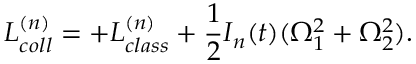
L _ { c o l l } ^ { ( n ) } = + L _ { c l a s s } ^ { ( n ) } + \frac { 1 } { 2 } { \cal I } _ { n } ( t ) ( \Omega _ { 1 } ^ { 2 } + \Omega _ { 2 } ^ { 2 } ) .